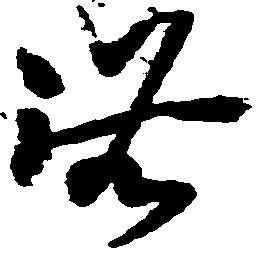
無